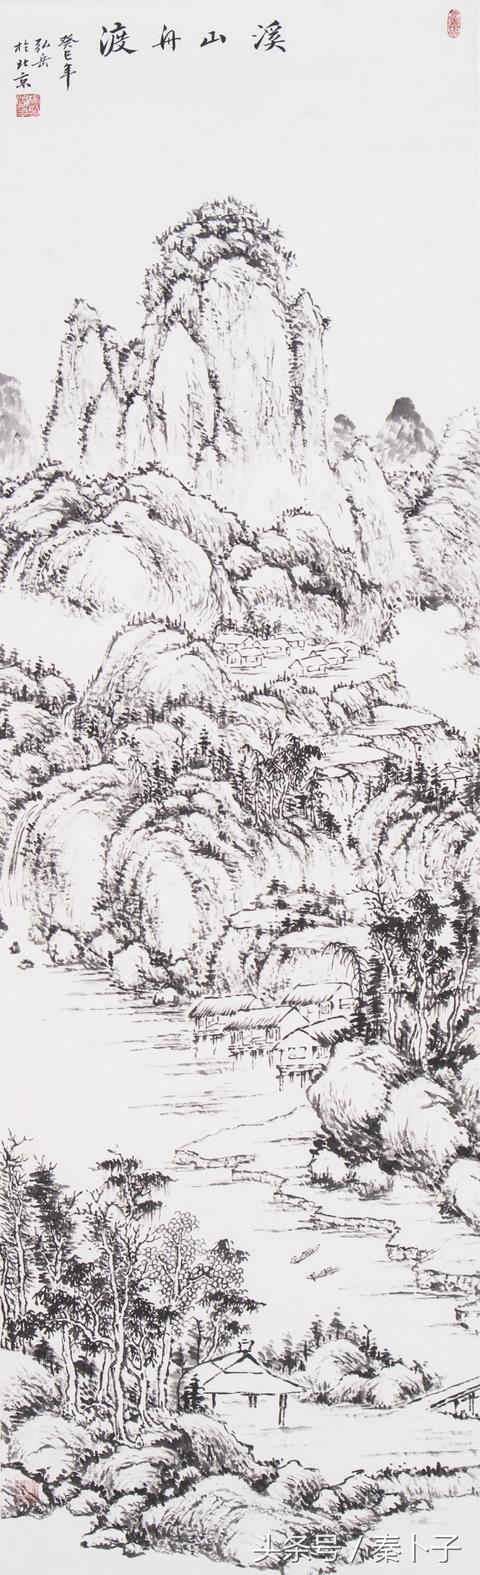
白日丽飞甍，参差皆可见。